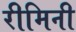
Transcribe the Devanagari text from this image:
रीमिनी